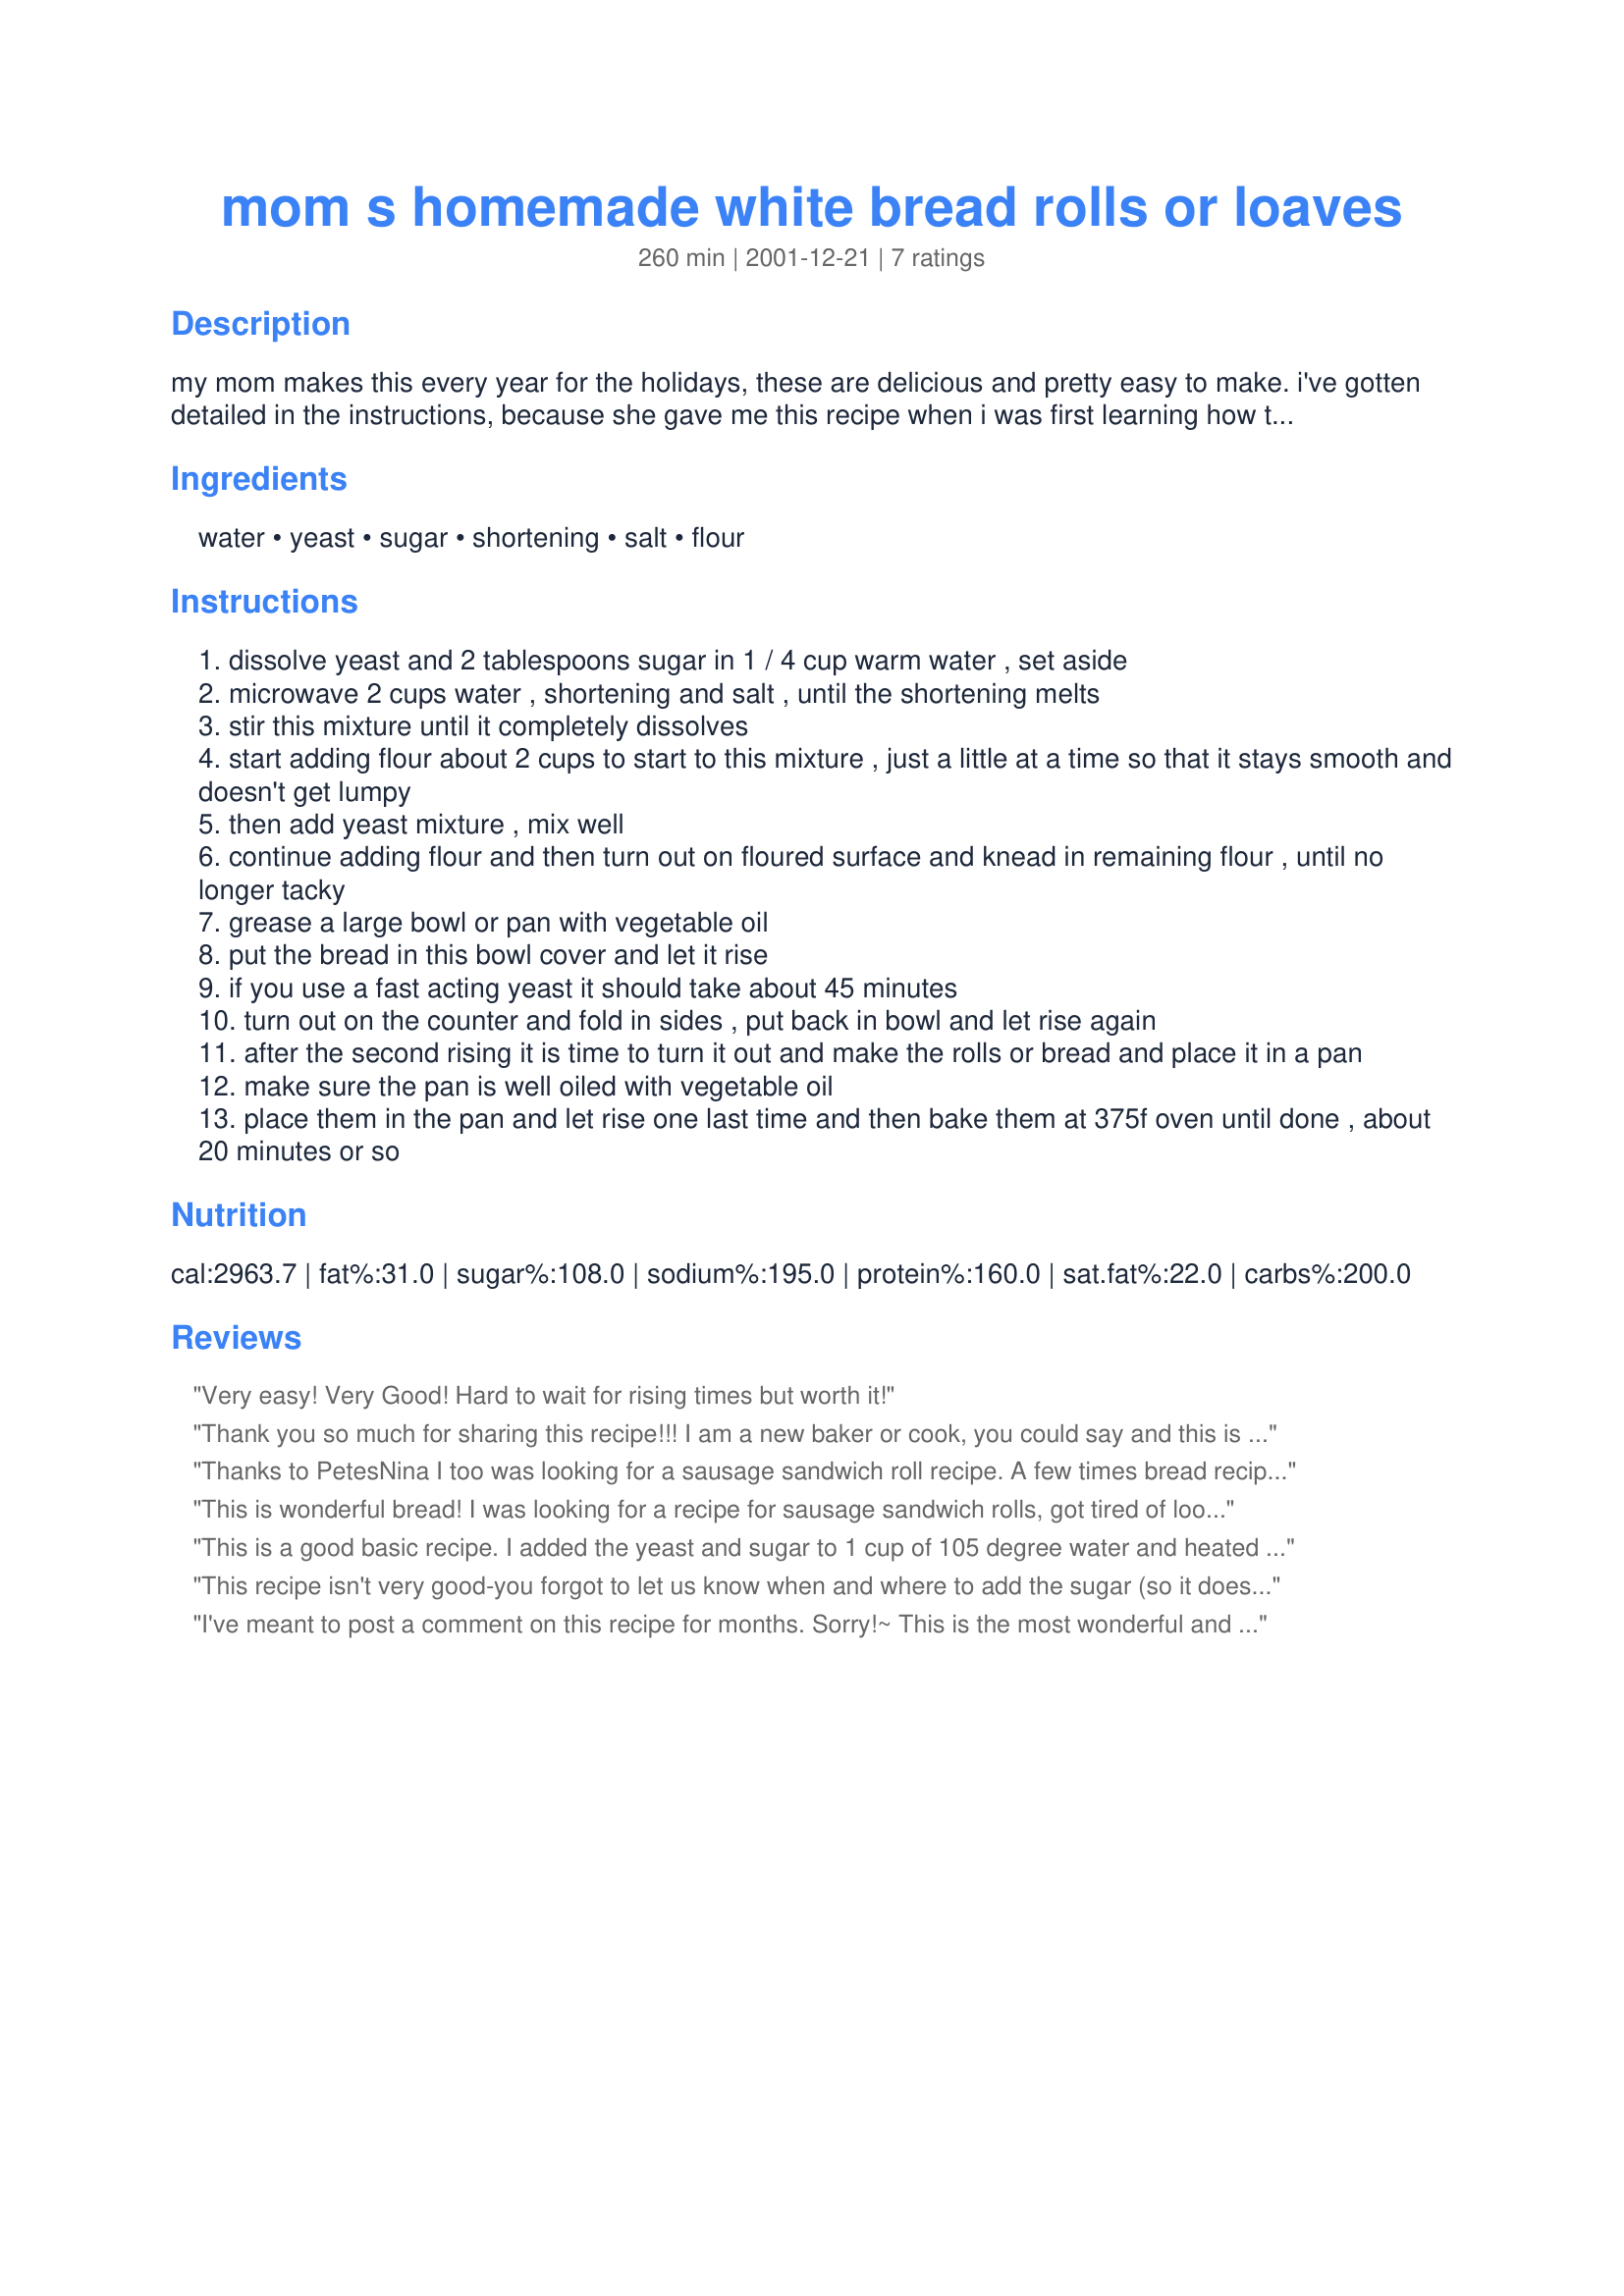
mom s homemade white bread rolls or loaves
Preparation time: 260 minutes

my mom makes this every year for the holidays, these are delicious and pretty easy to make. i've gotten detailed in the instructions, because she gave me this recipe when i was first learning how to make bread.

Ingredients:
water, yeast, sugar, shortening, salt, flour

Steps:
dissolve yeast and 2 tablespoons sugar in 1 / 4 cup warm water , set aside
microwave 2 cups water , shortening and salt , until the shortening melts
stir this mixture until it completely dissolves
start adding flour about 2 cups to start to this mixture , just a little at a time so that it stays smooth and doesn't get lumpy
then add yeast mixture , mix well
continue adding flour and then turn out on floured surface and knead in remaining flour , until no longer tacky
grease a large bowl or pan with vegetable oil
put the bread in this bowl cover and let it rise
if you use a fast acting yeast it should take about 45 minutes
turn out on the counter and fold in sides , put back in bowl and let rise again
after the second rising it is time to turn it out and make the rolls or bread and place it in a pan
make sure the pan is well oiled with vegetable oil
place them in the pan and let rise one last time and then bake them at 375f oven until done , about 20 minutes or so

Reviews:
Very easy! Very Good! Hard to wait for rising times but worth it!
Thank you so much for sharing this recipe!!! I am a new baker or cook, you could say and this is the first recipe I've found that is easy enough for me to read and understand....I have been looking for a bread recipe to make cheese rolls out of and this one sounds perfect!!! Thank you so much....I've not made this yet, but it is close to the recipe my mom gave me and those cheese rolls turned out really good on my first try at baking..I'm sure these will be great!!!stormi
Thanks to PetesNina I too was looking for a sausage sandwich roll recipe. A few times bread recipes didn't work for me or dough was runny. If you say it's easy I'm gonna try it thanks for your input. Ange724
This is wonderful bread! I was looking for a recipe for sausage sandwich rolls, got tired of looking and decided to make this recipe. Man, am I glad I did! I have several bread recipes that I use on a regular basis, and this one is going to be one of my favorites! 

I did use rapid rise yeast, and the rise time was cut to about 30 minutes each time. Thanks for sharing!
This is a good basic recipe. I added the yeast and sugar to 1 cup of 105 degree water and heated the remaining 1 1/4 cup of water to melt the shortening, letting it cool to 110 degree before adding everything else to it. It took almost 7 cups of flour to get a smooth elastic dough, but I added the additional flour 1/4 cup at a time as it can change due to temperature, weather, type of flour, etc.. I made 6 mini loaves and baked for about 27 minutes. We prefer a little saltier bread so next time I may up the salt just a little. Thanks for sharing.
This recipe isn't very good-you forgot to let us know when and where to add the sugar (so it doesn't get added anywhere, although you have it listed) and you leave out the rise times. I know it says 4 1/2 hours prep time, so one could probably safely assume a rise time of one hour each time, but what if you DON'T use rapid rise yeast?? Then what? And it didn't take 6 cups of flour to make it non-tacky-it took more like 8! (But I think this was because the sugar got left out). Also, what size loaf pan should one use? You only mention making rolls on a 10x13 pan-how big of rolls? Are we supposed to shape them, roll them out and cut them, or do "drop" rolls? VERY unclear! I wasted all my ingredients and time on this recipe. Next time, be more detailed (which this is not).
I've meant to post a comment on this recipe for months. Sorry!~ This is the most wonderful and easy recipe I've ever used. I changed one thing. I add the sugar to the water/yeast mixture. Thank you so much for sharing. Special thanks to "Mom" for passing it down. I will pass it to my daughter and granddaughter as well. Hope that makes you both smile. Thanks Again!~
